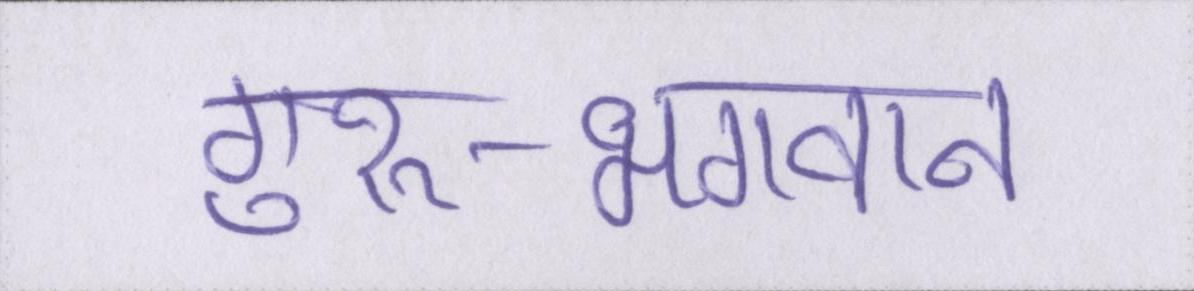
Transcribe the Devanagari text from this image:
गुरु-भगवान